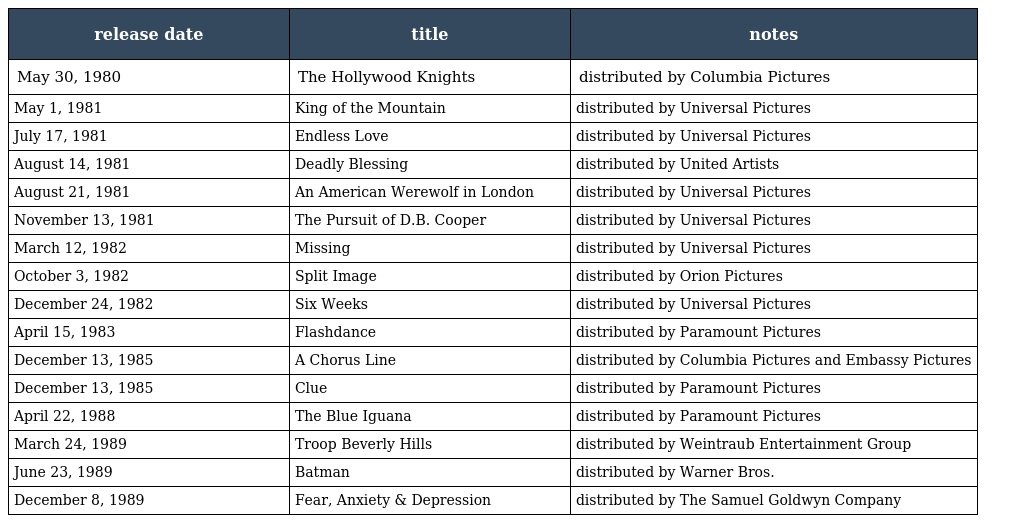
| release date | title | notes |
 | --- | --- | --- |
 | May 30, 1980 | The Hollywood Knights | distributed by Columbia Pictures |
 | May 1, 1981 | King of the Mountain | distributed by Universal Pictures |
 | July 17, 1981 | Endless Love | distributed by Universal Pictures |
 | August 14, 1981 | Deadly Blessing | distributed by United Artists |
 | August 21, 1981 | An American Werewolf in London | distributed by Universal Pictures |
 | November 13, 1981 | The Pursuit of D.B. Cooper | distributed by Universal Pictures |
 | March 12, 1982 | Missing | distributed by Universal Pictures |
 | October 3, 1982 | Split Image | distributed by Orion Pictures |
 | December 24, 1982 | Six Weeks | distributed by Universal Pictures |
 | April 15, 1983 | Flashdance | distributed by Paramount Pictures |
 | December 13, 1985 | A Chorus Line | distributed by Columbia Pictures and Embassy Pictures |
 | December 13, 1985 | Clue | distributed by Paramount Pictures |
 | April 22, 1988 | The Blue Iguana | distributed by Paramount Pictures |
 | March 24, 1989 | Troop Beverly Hills | distributed by Weintraub Entertainment Group |
 | June 23, 1989 | Batman | distributed by Warner Bros. |
 | December 8, 1989 | Fear, Anxiety & Depression | distributed by The Samuel Goldwyn Company |